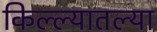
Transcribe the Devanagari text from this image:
किल्ल्यातल्या